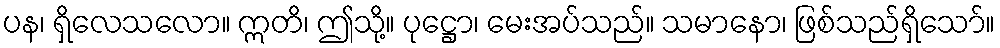
ပန၊ ရှိလေသလော။ ဣတိ၊ ဤသို့။ ပုဋ္ဌော၊ မေးအပ်သည်။ သမာနော၊ ဖြစ်သည်ရှိသော်။